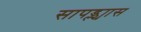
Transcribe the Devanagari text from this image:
सापड्ल्यास